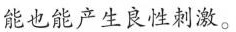
能也能产生良性刺激。